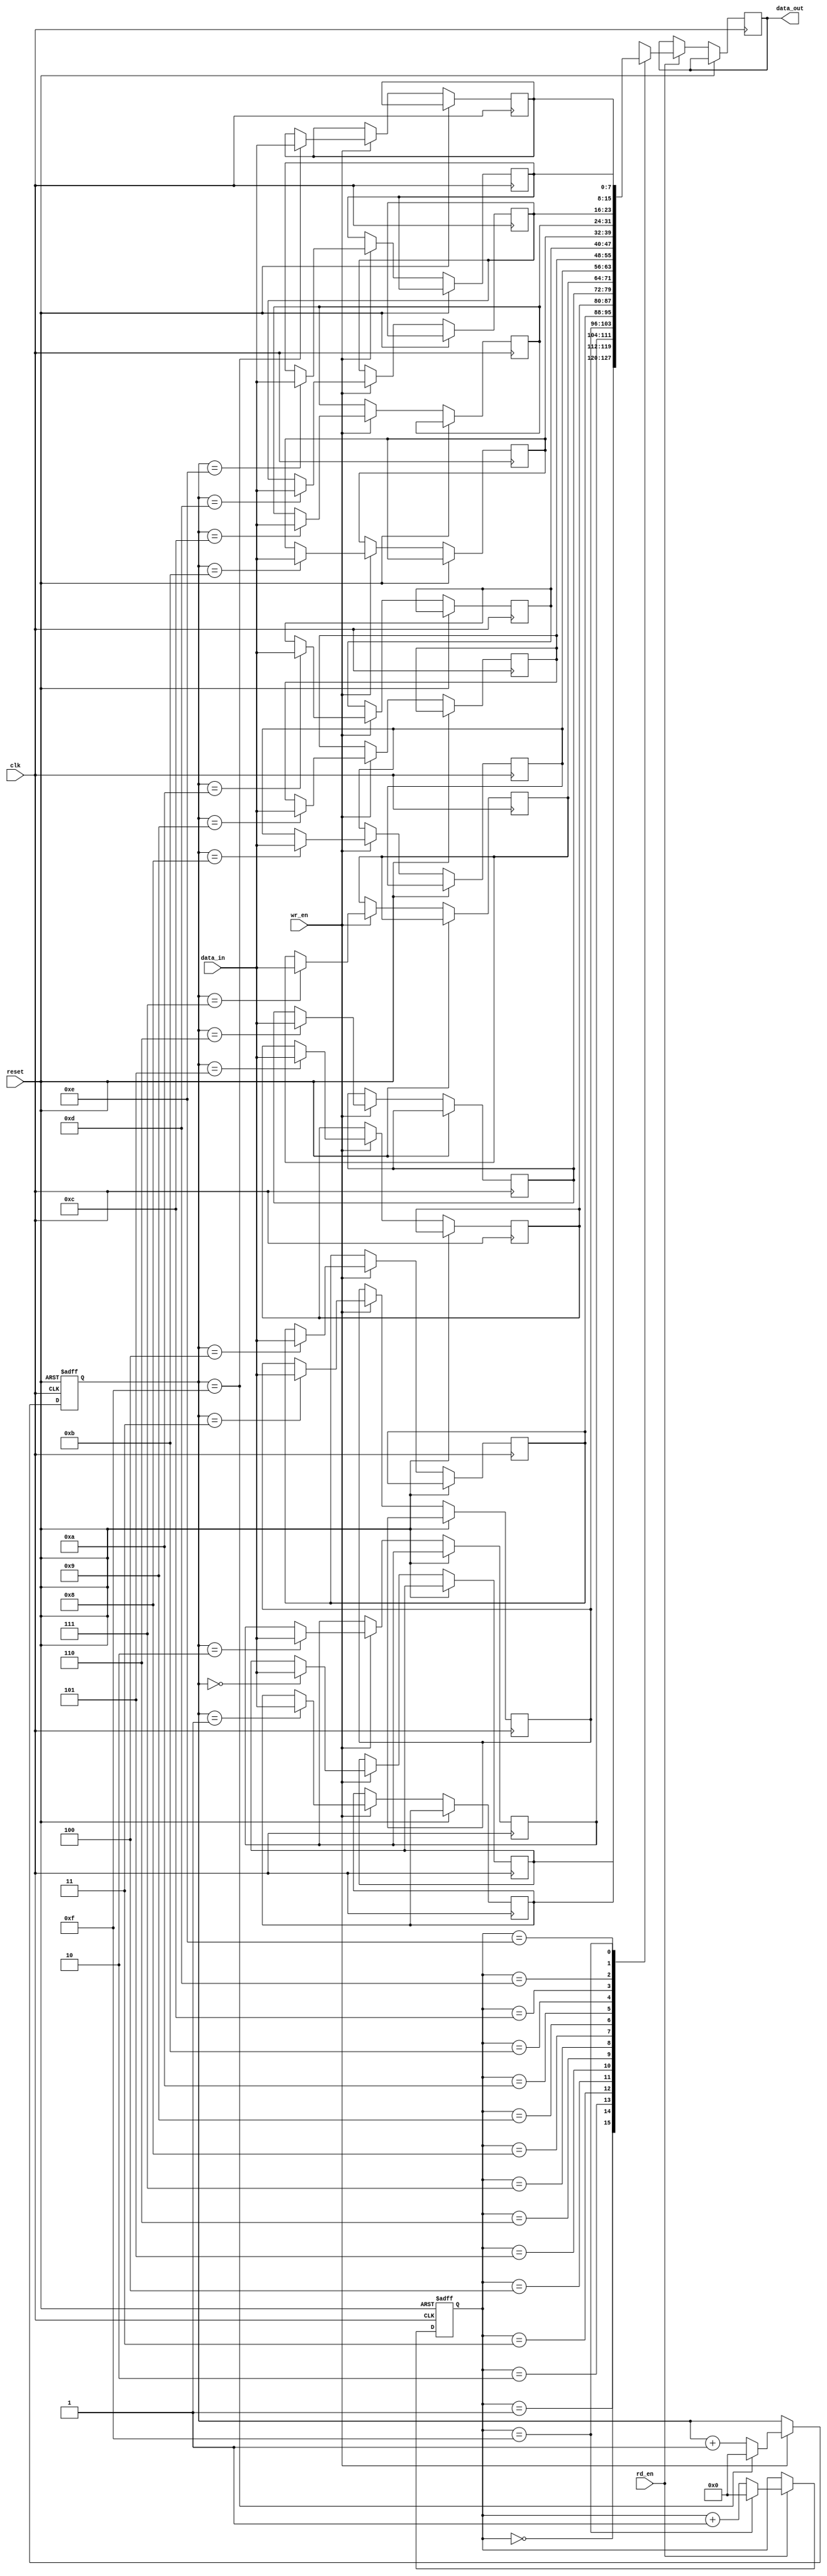
module fifo (
    input wire clk,
    input wire reset,
    input wire wr_en,
    input wire rd_en,
    input wire [7:0] data_in,
    output wire [7:0] data_out
);

parameter BUFFER_SIZE = 16;
reg [7:0] buffer [0:BUFFER_SIZE-1];
reg [3:0] wr_ptr;
reg [3:0] rd_ptr;

always @(posedge clk or posedge reset) begin
    if (reset) begin
        wr_ptr <= 4'b0;
        rd_ptr <= 4'b0;
    end else begin
        if (wr_en) begin
            buffer[wr_ptr] <= data_in;
            if (wr_ptr == BUFFER_SIZE-1)
                wr_ptr <= 4'b0;
            else
                wr_ptr <= wr_ptr + 4'b1;
        end
        if (rd_en) begin
            data_out <= buffer[rd_ptr];
            if (rd_ptr == BUFFER_SIZE-1)
                rd_ptr <= 4'b0;
            else
                rd_ptr <= rd_ptr + 4'b1;
        end
    end
end

endmodule